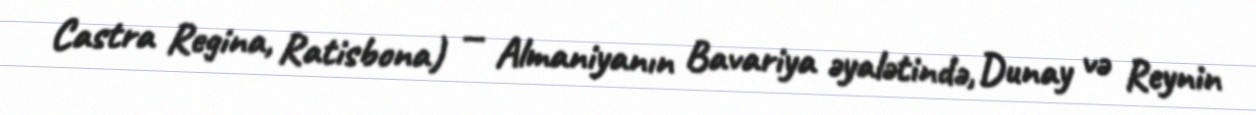
Castra Regina, Ratisbona) — Almaniyanın Bavariya əyalətində, Dunay və Reynin